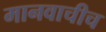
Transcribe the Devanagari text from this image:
मानवाचीच